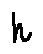
h